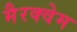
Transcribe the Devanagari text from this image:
मैरक्वेम